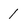
Character: 1